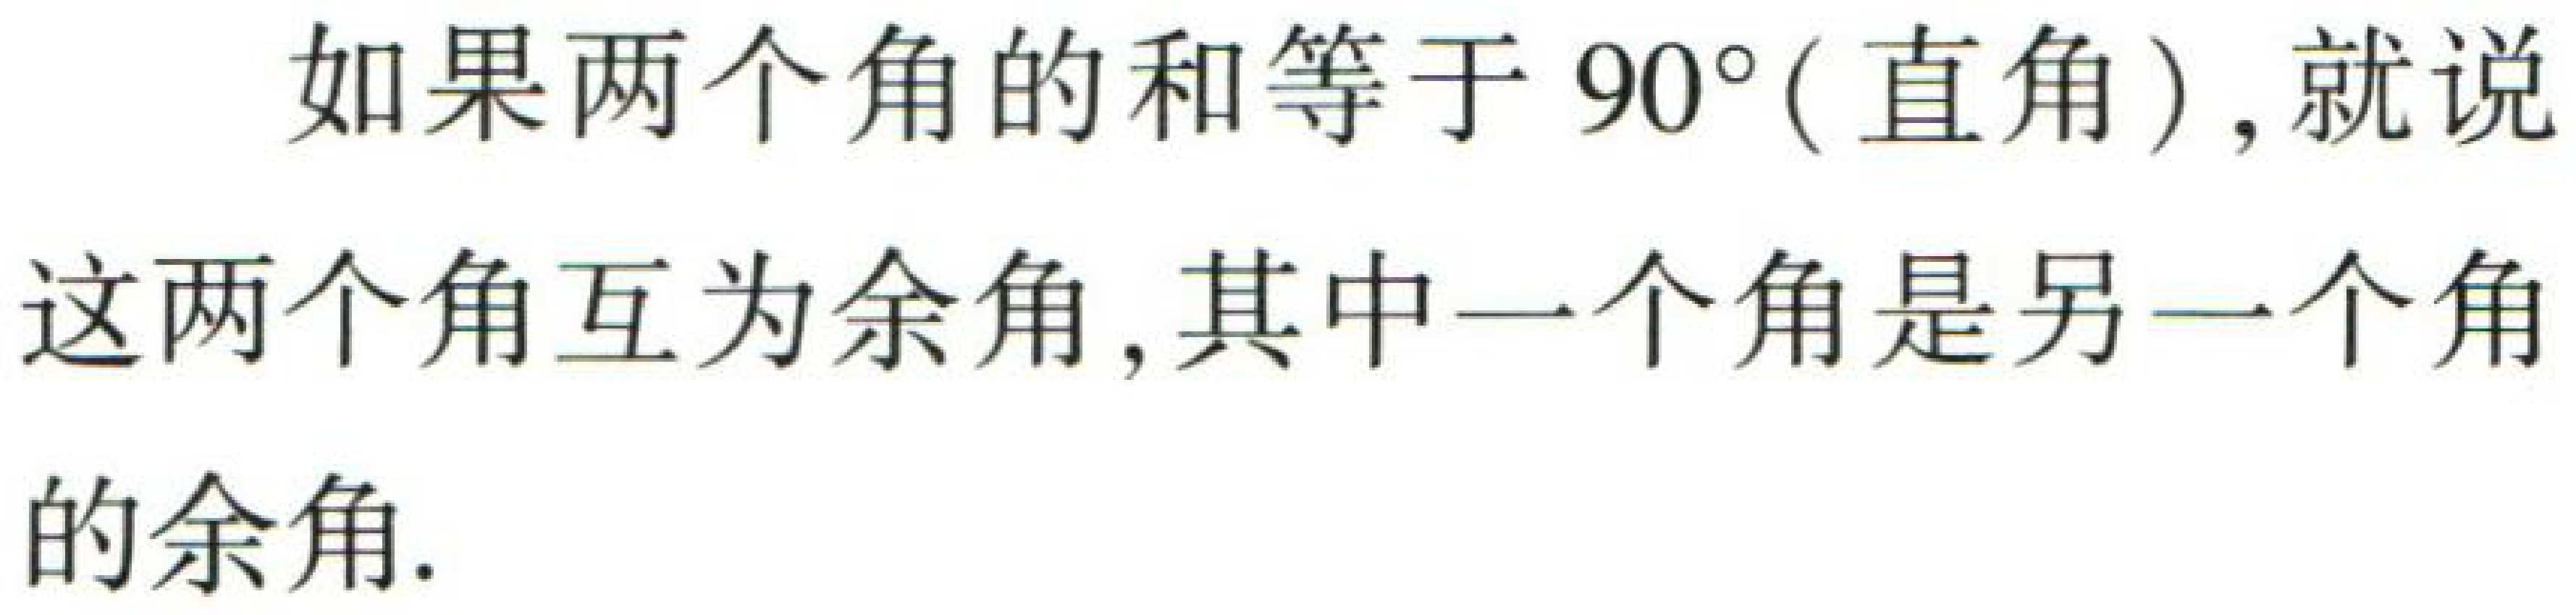
如果两个角的和等于\(90^{\circ}(\)直角\()\)，就说这两个角互为余角, 其中一个角是另一个角的余角.